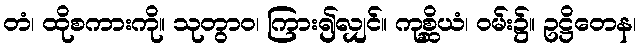
တံ၊ ထိုစကားကို။ သုတွာဝ၊ ကြား၍လျှင်။ ကုစ္ဆိယံ၊ ဝမ်း၌။ ဥဋ္ဌိတေန၊